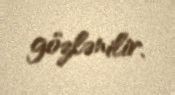
gözlənilir.